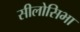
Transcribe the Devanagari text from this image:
सीलोसिभा